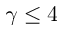
\gamma \le 4